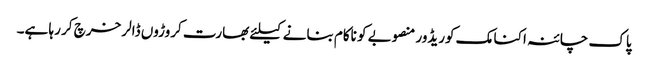
پاک چائنہ اکنامک کوریڈور منصوبے کو ناکام بنانے کیلئے بھارت کروڑوں ڈالر خرچ کر رہا ہے۔